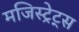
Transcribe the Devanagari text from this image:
मजिस्ट्रेट्स